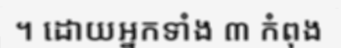
។ ដោយអ្នកទាំង ៣ កំពុង